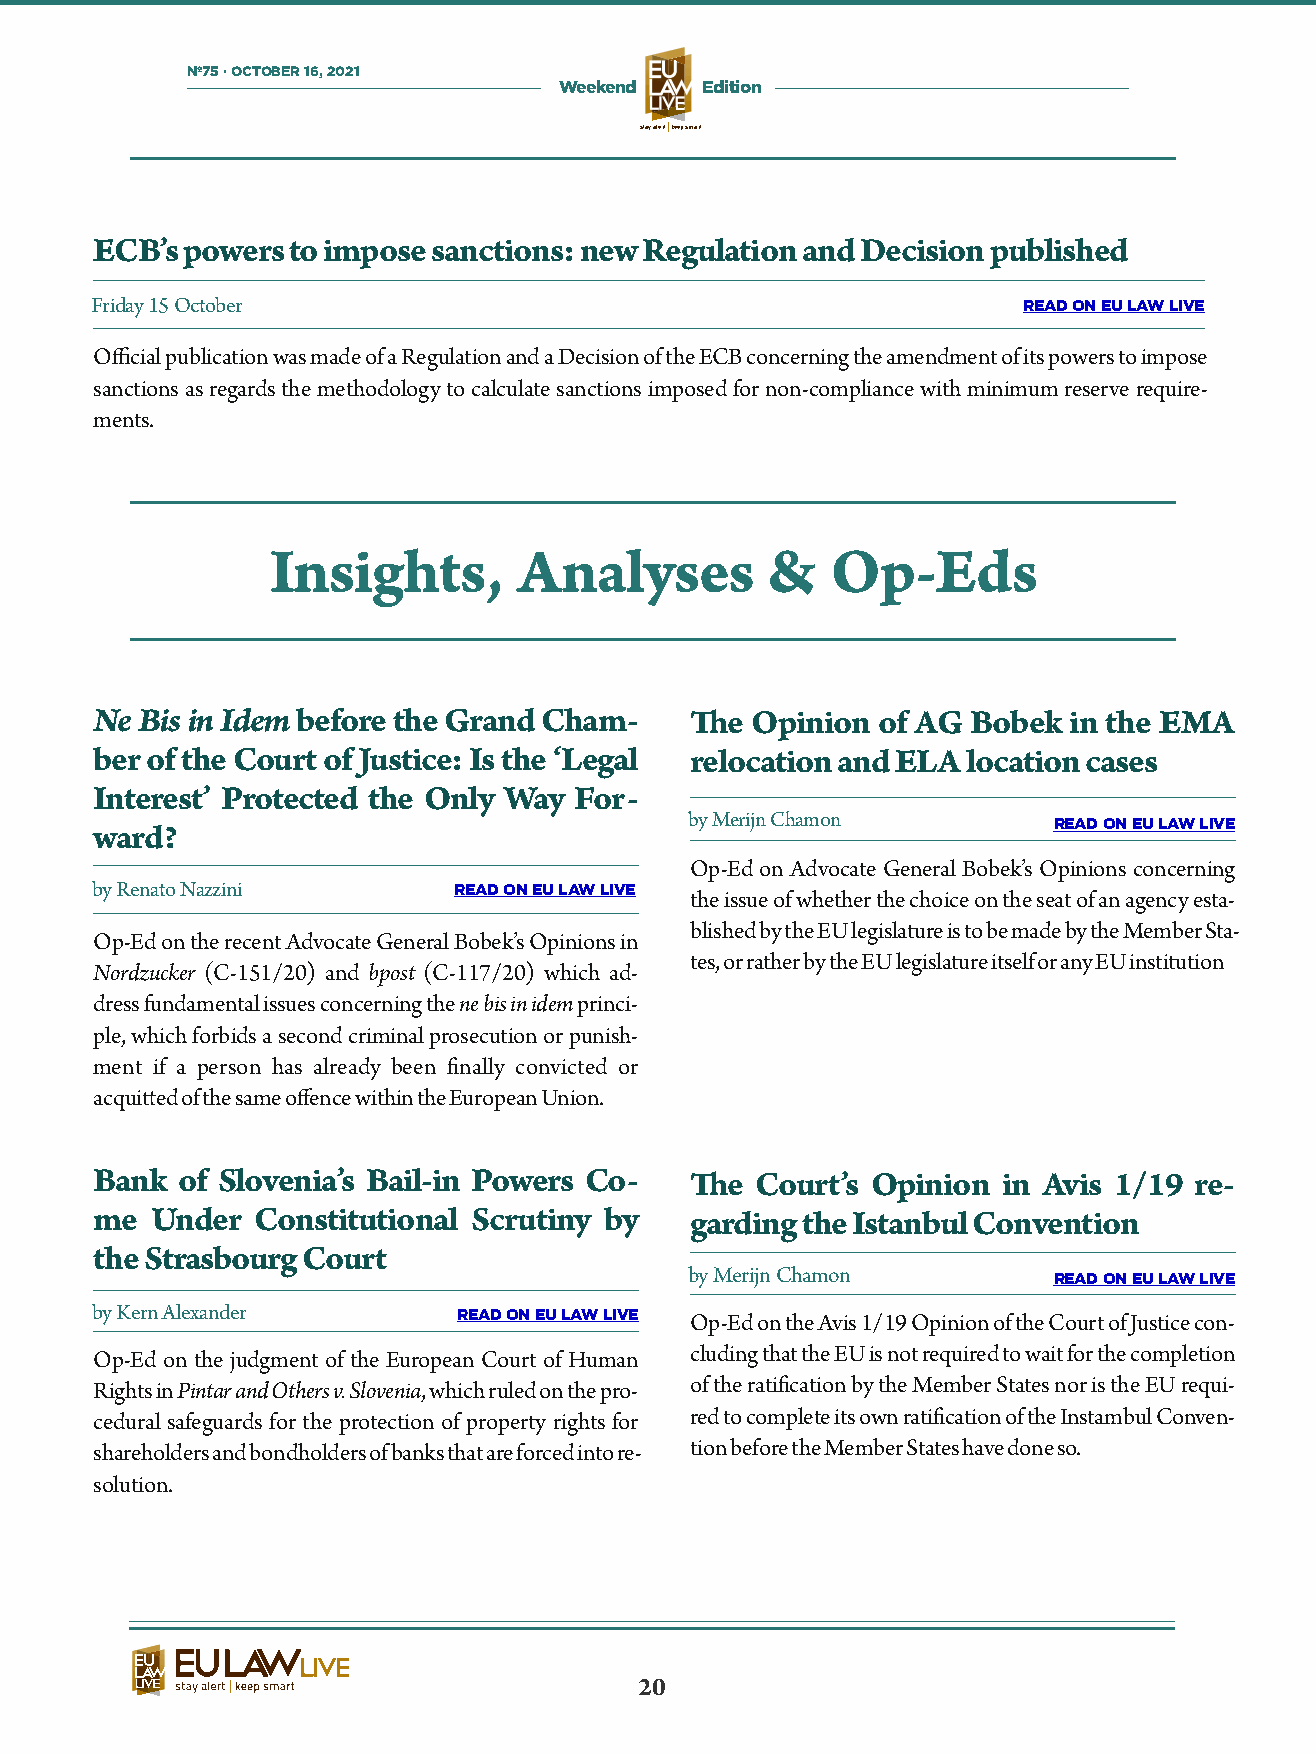
Nº75 · OCTOBER 16, 2021
 Weekend  Edition
 stay alertkeep smart
 ECB’s powers to impose sanctions: new Regulation and Decision published
 Friday 15 October                                             READ ON EU LAW LIVE
 Official publication was made of a Regulation and a Decision of the ECB concerning the amendment of its powers to impose
 sanctions as regards the methodology to calculate sanctions imposed for non-compliance with minimum reserve require-
 ments.
 Insights,       Analyses         &   Op-Eds
 Ne Bis in Idem before the Grand Cham-   e  Opinion of AG Bobek  in the EMA
 ber of the Court of Justice: Is the ‘Legal relocation and ELA location cases
 Interest’ Protected the Only Way For-
 by Merijn Chamon         READ ON EU LAW LIVE
 ward?
 Op-Ed on Advocate General Bobek’s Opinions concerning
 by Renato Nazzini       READ ON EU LAW LIVE
 the issue of whether the choice on the seat of an agency esta-
 blished by the EU legislature is to be made by the Member Sta-
 Op-Ed on the recent Advocate General Bobek’s Opinions in
 tes, or rather by the EU legislature itself or any EU institution
 Nordzucker (C-151/20) and bpost (C-117/20) which ad-
 dress fundamental issues concerning the ne bis in idem princi-
 ple, which forbids a second criminal prosecution or punish-
 ment if a person has already been nally convicted or
 acquied of the same offence within the European Union.
 Bank  of Slovenia’s Bail-in Powers Co-  e  Court’s Opinion in Avis 1/19 re-
 me  Under  Constitutional Scrutiny by   garding the Istanbul Convention
 the Strasbourg Court
 by Merijn Chamon        READ ON EU LAW LIVE
 by Kern Alexander       READ ON EU LAW LIVE Op-Ed on the Avis 1/19 Opinion of the Court of Justice con-
 Op-Ed on the judgment of the European Court of Human cluding that the EU is not required to wait for the completion
 Rights in Pintar and Others v. Slovenia, which ruled on the pro- of the ratication by the Member States nor is the EU requi-
 cedural safeguards for the protection of property rights for red to complete its own ratication of the Instambul Conven-
 shareholders and bondholders of banks that are forced into re- tion before the Member States have done so.
 solution.
 20